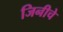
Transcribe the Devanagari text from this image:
जिनीचे